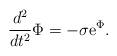
LaTeX: \begin{align*}\frac{d^2}{dt^2}\Phi = -\sigma\mbox{e}^{\Phi}.\end{align*}